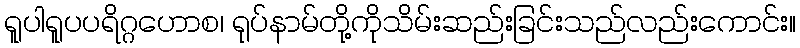
ရူပါရူပပရိဂ္ဂဟောစ၊ ရုပ်နာမ်တို့ကိုသိမ်းဆည်းခြင်းသည်လည်းကောင်း။